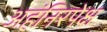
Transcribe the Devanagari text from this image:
अहंनिरपेक्ष